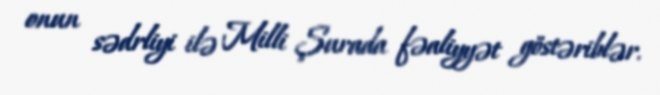
onun sədrliyi ilə Milli Şurada fəaliyyət göstəriblər.